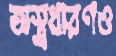
অস্ত্রধারণও